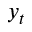
y _ { t }